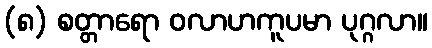
(၈) စတ္တာရော ဝလာဟကူပမာ ပုဂ္ဂလာ။